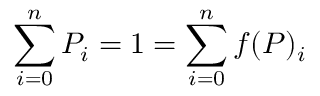
\sum _ { i = 0 } ^ { n } { P _ { i } } = 1 = \sum _ { i = 0 } ^ { n } { f ( P ) _ { i } }